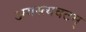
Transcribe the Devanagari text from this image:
अगस्त्यवटम्